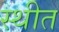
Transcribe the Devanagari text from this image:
स्‍थीत